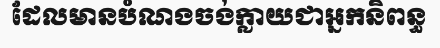
ដែលមានបំណងចង់ក្លាយជាអ្នកនិពន្ធ